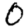
Digit: 0